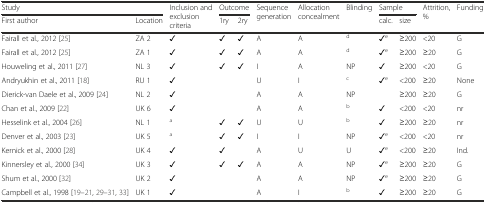
| <COLSPAN=2> Study | <ROWSPAN=2> Inclusion and exclusion criteria | <COLSPAN=2> Outcome | <ROWSPAN=2> Sequence generation | <ROWSPAN=2> Allocation concealment | <ROWSPAN=2> Blinding | <COLSPAN=2> Sample | <ROWSPAN=2> Attrition, % | <ROWSPAN=2> Funding |
 | First author | Location | 1ry | 2ry | calc. | size |
 | --- | --- | --- | --- | --- | --- | --- | --- | --- | --- | --- | --- |
 | Fairall et al., 2012 [25] | ZA 2 | ✓ | ✓ | ✓ | A | A | d | ✓e | ≥200 | <20 | G |
 | Fairall et al., 2012 [25] | ZA 1 | ✓ | ✓ | ✓ | A | A | d | ✓e | ≥200 | ≥20 | G |
 | Houweling et al., 2011 [27] | NL 3 | ✓ | ✓ | ✓ | I | A | NP | ✓ | ≥200 | <20 | G |
 | Andryukhin et al., 2011 [18] | RU 1 | ✓ |  |  | U | I | c | ✓e | <200 | ≥20 | None |
 | Dierick-van Daele et al., 2009 [24] | NL 2 | ✓ |  |  | A | A | NP |  | ≥200 | ≥20 | G |
 | Chan et al., 2009 [22] | UK 6 | ✓ |  |  | A | A | b | ✓ | <200 | <20 | nr |
 | Hesselink et al., 2004 [26] | NL 1 | a | ✓ | ✓ | U | U | b | ✓ | ≥200 | ≥20 | nr |
 | Denver et al., 2003 [23] | UK 5 | a | ✓ | ✓ | I | I | NP | ✓e | <200 | <20 | nr |
 | Kernick et al., 2000 [28] | UK 4 | ✓ | ✓ |  | A | U | U | ✓e | <200 | ≥20 | Ind. |
 | Kinnersley et al., 2000 [34] | UK 3 | ✓ | ✓ | ✓ | A | A | NP | ✓e | ≥200 | ≥20 | G |
 | Shum et al., 2000 [32] | UK 2 | ✓ |  |  | A | A | NP | ✓e | ≥200 | ≥20 | G |
 | Campbell et al., 1998 [19–21, 29–31, 33] | UK 1 | ✓ |  |  | A | I | b | ✓ | ≥200 | ≥20 | G |